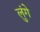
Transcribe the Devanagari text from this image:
लुंगे